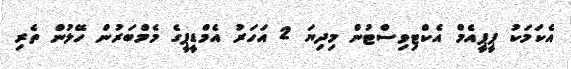
އެކަމަކު ޕީޕީއެމް އެކްޓިވިސްޓުން މިދިޔަ 2 އަހަރު އެމްޑީޕީގެ މެމްބަރުން ހޭލުން ތެރި